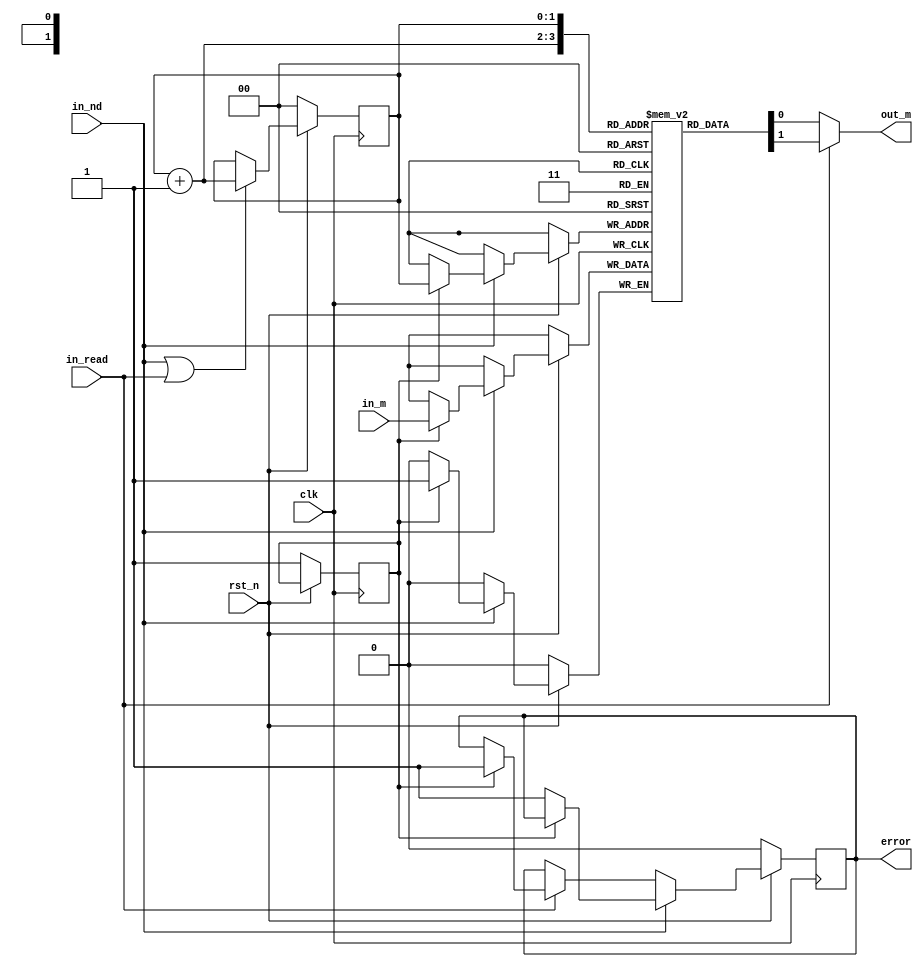
module mstore
  #(
    parameter N = 0,
    parameter MWIDTH = 1
    )
   (
    input wire               clk,
    input wire               rst_n,
    input wire               in_nd,
    input wire [MWIDTH-1:0]  in_m,
    input wire               in_read,
    output wire [MWIDTH-1:0] out_m,
    output reg               error
    );

   function integer clog2;
      input integer              value;
      begin
         value = value-1;
         for (clog2=0; value>0; clog2=clog2+1)
           value = value>>1;
      end
   endfunction
   
   localparam integer            LOG_N = clog2(N);

   reg [LOG_N-1:0]               addr;
   wire [LOG_N-1:0]               next_addr;
   reg [MWIDTH-1:0]              RAM[N-1:0];
   reg                           filling;

   assign next_addr = addr+1;
   assign out_m = (in_read)?RAM[next_addr]:RAM[addr];
   
   always @ (posedge clk)
     if (~rst_n)
       begin
          addr <= {LOG_N{1'b0}};
          error <= 1'b0;
          filling <= 1'b1;
       end
     else
       begin
          // If we have new data make sure we're in the filling
          // state and write the data.
          if (in_nd)
            if (~filling)
              error <= 1'b1;
            else
              RAM[addr] <= in_m;
          // If a value has been read make sure we're not in the
          // filling state.
          else if (in_read)
            if (filling)
              error <= 1'b1;
          // If we have new data or data has been read then we
          // increment the position.
          if (in_nd | in_read)
            if (addr == N-1)
              begin
                 addr <= {LOG_N{1'b0}};
                 filling <= ~filling;
              end
            else
              addr <= addr + 1;
       end
         
endmodule